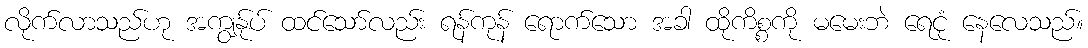
လိုက်လာသည်ဟု အကျွန်ုပ် ထင်သော်လည်း ရန်ကုန် ရောက်သော အခါ ထိုကိစ္စကို မမေးဘဲ ရေငုံ နေလေသည်။